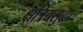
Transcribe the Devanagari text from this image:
क्षत्रियसुद्धा